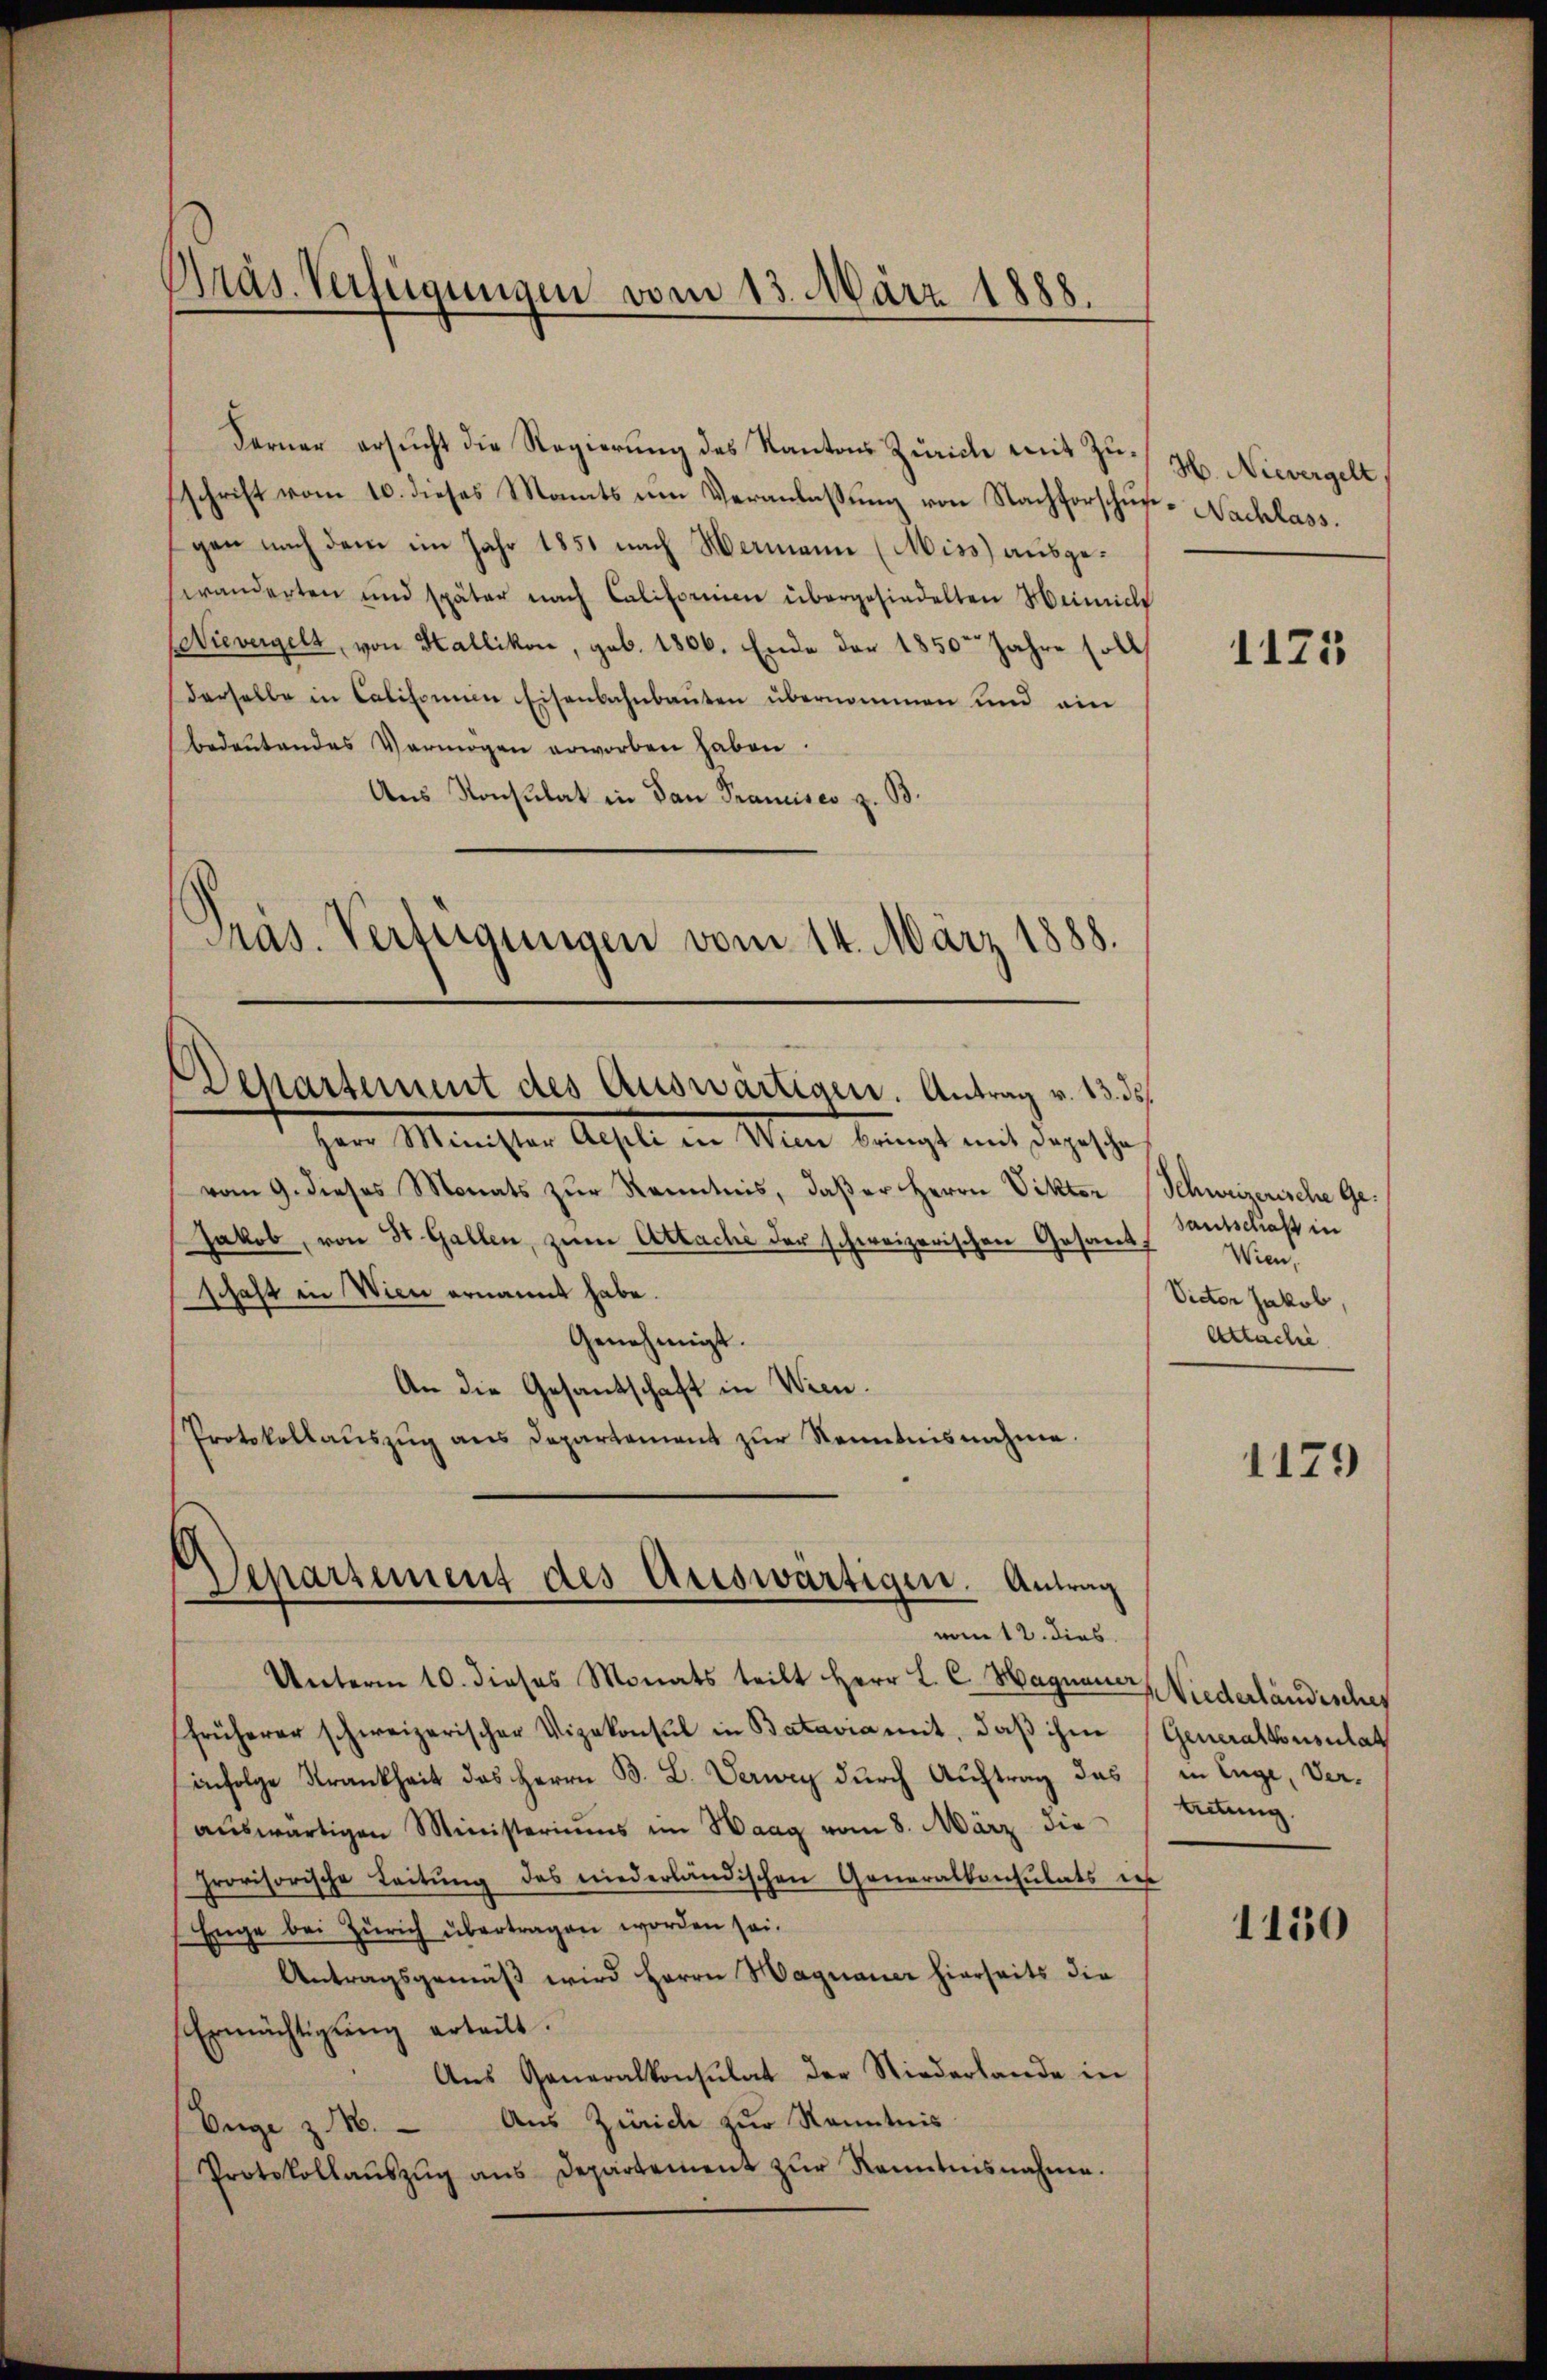
Ferner ersŭcht die Regierŭng des Kantons Zürich mit Zŭ- H. Nievergelt
schrift vom 10. dieses Monats um Veranlassung von Nachforschus-Nachlass.
gen nach dem im Jahr 1851 nach Hermann (Miss ausgeswänderten und später nach Calitori übergehindelten Heinich
Mievergelt, von Hallikon, geb. 1806. Ende der 1850 Jahre soll
derselbe in Calisonen Eisenbahnbauten übernommen und ein
bedeŭtendes Vermögen erworben haben.
Aus Konsulat in Dan Prancisco z. B.
Präs. Verfügungen vom 14. März 1888.

Präs. Verfügungen vom 13. März 1888.

Departement des Auswärtigen. Antrag v. 13. ds.

Departement des Auswärtigen. Antrag
vom 12. dies

Unterm 10. dieses Monats teilt Herr L. C. Wagner Niederländisches
früherer schweizerischer Vizekonsul in Batavia mit, daß ihm (Generalkonsulat
infolge Krankheit des Herrn B. L. Verwey durch Auftrag das
aŭswärtigen Ministeriums im Haag vom 8. März die
provisorische Leitung des niederländischen Generalkonsulats in
Enge bei Zürich übertragen worden sei.
Antragsgemäß wird Herrn Hagnauer hierseits die
Ermächtigŭng erteilt.
Aŭs Generalkonsulat der Niederlande in
Enge z. M. — Aus Zürich zur Kenntnis
Protokollaŭszŭg ans Departement zŭr Kenntnisnahme.

Herr Minister Aepli in Wien bringt mit Depesche
vom 9. dieses Monats zur Kenntnis, daßer Herrn Viktor
Jakob, von St. Gallen, zum Attache der schweizerischen Gesandschaft in Wien ernannt habe.
Genehmigt.
An die Gesandschaft in Wien.
Protokollaŭszŭg ans Departement zŭr Kenntnisnahme.

1125

Schweizerische Gesantschaft in
Wien,
Victor Jakob,
Attache

1179

in Enge, Vertretung.

1130